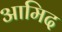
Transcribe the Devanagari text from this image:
आमिद